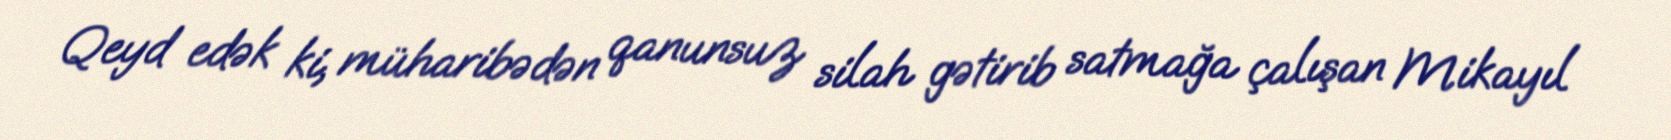
Qeyd edək ki, müharibədən qanunsuz silah gətirib satmağa çalışan Mikayıl